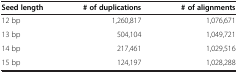
| Seed length | # of duplications | # of alignments |
 | --- | --- | --- |
 | 12 bp | 1,260,817 | 1,076,671 |
 | 13 bp | 504,104 | 1,049,721 |
 | 14 bp | 217,461 | 1,029,516 |
 | 15 bp | 124,197 | 1,028,288 |